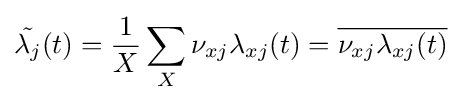
{\tilde {\lambda _{j}}}(t)={\frac {1}{X}}\sum _{X}\nu _{xj}\lambda _{xj}(t)={\overline {\nu _{xj}\lambda _{xj}(t)}}